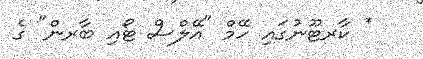
* ކާރޓޫނުގައި ހޭމް "އޭލްސް ޓޯއި ބާރން" ގެ